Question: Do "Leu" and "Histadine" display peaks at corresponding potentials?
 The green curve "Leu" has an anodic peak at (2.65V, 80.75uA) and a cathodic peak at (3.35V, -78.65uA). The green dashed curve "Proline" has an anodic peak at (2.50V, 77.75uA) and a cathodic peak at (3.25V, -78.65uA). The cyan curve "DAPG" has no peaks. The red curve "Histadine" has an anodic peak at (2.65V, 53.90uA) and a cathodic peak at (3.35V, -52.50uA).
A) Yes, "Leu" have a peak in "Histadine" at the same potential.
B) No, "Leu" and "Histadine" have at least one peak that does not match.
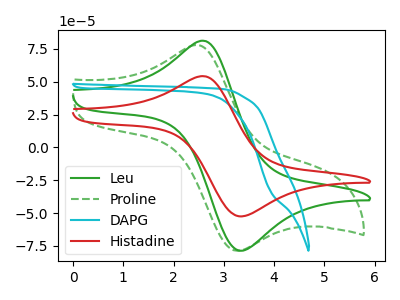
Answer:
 <answer>A) Yes, "Leu" have a peak in "Histadine" at the same potential.</answer>
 <eval>A</eval>